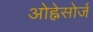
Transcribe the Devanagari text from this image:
ओह्नेसोर्ज